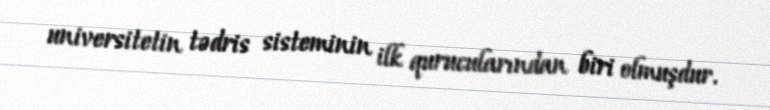
universitetin tədris sisteminin ilk qurucularından biri olmuşdur.